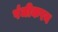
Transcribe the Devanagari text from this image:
पंजीकरन